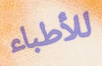
للأطباء